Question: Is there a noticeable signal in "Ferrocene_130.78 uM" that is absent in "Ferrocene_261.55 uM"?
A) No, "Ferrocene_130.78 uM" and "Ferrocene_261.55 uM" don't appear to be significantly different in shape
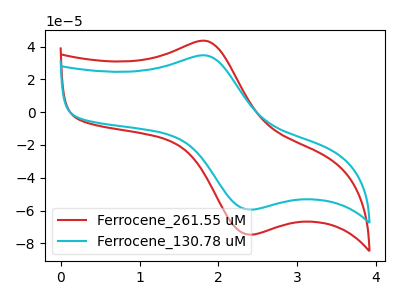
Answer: <think>The red curve "Ferrocene_261.55 uM" has an anodic peak at (1.85V, 43.40uA) and a cathodic peak at (2.40V, -74.75uA). The cyan curve "Ferrocene_130.78 uM" has an anodic peak at (1.85V, 34.55uA) and a cathodic peak at (2.40V, -59.50uA).
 All the peaks in "Ferrocene_130.78 uM" have a peak in "Ferrocene_261.55 uM" at the same potential. Every peak in "Ferrocene_130.78 uM" is lower than every peak in "Ferrocene_261.55 uM".</think>
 <answer>A) No, "Ferrocene_130.78 uM" and "Ferrocene_261.55 uM" don't appear to be significantly different in shape</answer>
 <eval>A</eval>